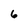
Character: 6